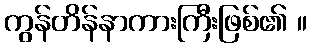
ကွန်တိန်နာကားကြီးဖြစ်၏ ။